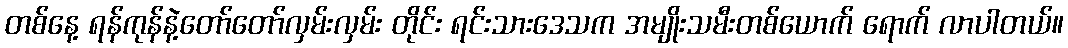
တစ်နေ့ ရန်ကုန်နဲ့တော်တော်လှမ်းလှမ်း တိုင်း ရင်းသားဒေသက အမျိုးသမီးတစ်ယောက် ရောက် လာပါတယ်။